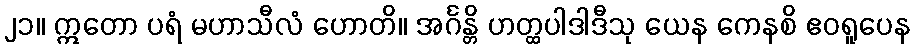
၂၁။ ဣတော ပရံ မဟာသီလံ ဟောတိ။ အင်္ဂန္တိ ဟတ္ထပါဒါဒီသု ယေန ကေနစိ ဧဝရူပေန